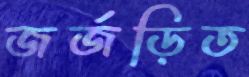
জর্জড়িত